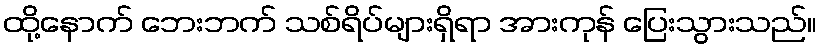
ထို့နောက် ဘေးဘက် သစ်ရိပ်များရှိရာ အားကုန် ပြေးသွားသည်။